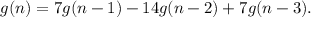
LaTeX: g ( n ) = 7 g ( n - 1 ) - 1 4 g ( n - 2 ) + 7 g ( n - 3 ) .